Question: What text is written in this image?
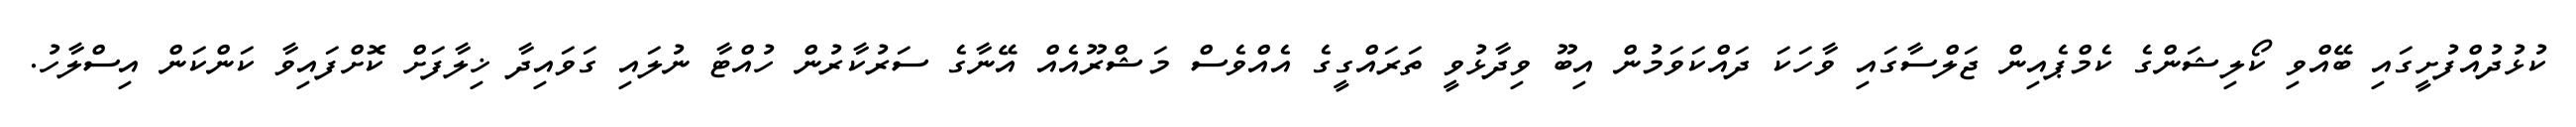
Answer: ކުޅުދުއްފުށީގައި ބޭއްވި ކޯލިޝަންގެ ކެމްޕެއިން ޖަލްސާގައި ވާހަކަ ދައްކަވަމުން އިބޫ ވިދާޅުވީ ތަރައްގީގެ އެއްވެސް މަޝްރޫއެއް އޭނާގެ ސަރުކާރުން ހުއްޓާ ނުލައި ގަވައިދާ ޚިލާފަށް ކޮށްފައިވާ ކަންކަން އިސްލާހު.